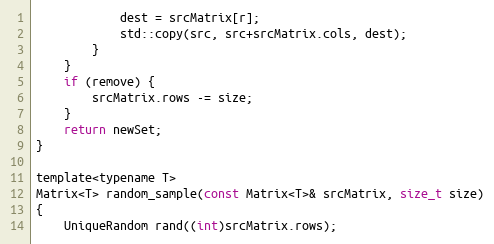
Language: C
            dest = srcMatrix[r];
            std::copy(src, src+srcMatrix.cols, dest);
        }
    }
    if (remove) {
        srcMatrix.rows -= size;
    }
    return newSet;
}

template<typename T>
Matrix<T> random_sample(const Matrix<T>& srcMatrix, size_t size)
{
    UniqueRandom rand((int)srcMatrix.rows);